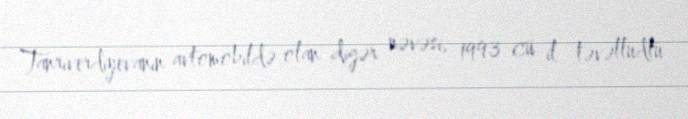
Tanrıverdiyevanın avtomobildə olan digər nəvəsi, 1993-cü il təvəllüdlü